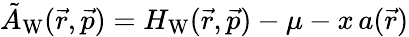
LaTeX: {\tilde{A}_{\mathrm{W}}(\vec{r},\vec{p})=H_{\mathrm{W}}(\vec{r},\vec{p})-\mu-x\, a(\vec{r})}